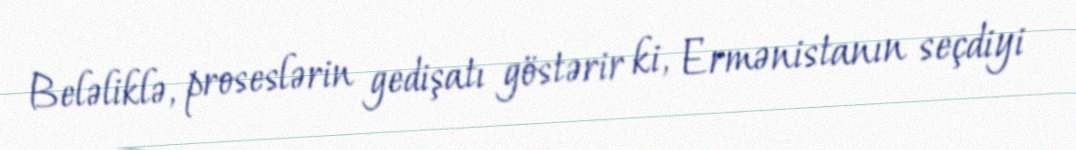
Beləliklə, proseslərin gedişatı göstərir ki, Ermənistanın seçdiyi